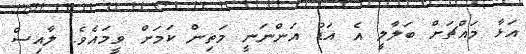
އަޅާ މައްޗަށް ބަލާލީ އެ އަޑު އަންނަނީ މަތިން ކަމަށް ވީމައެވެ. ލާއިސް